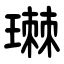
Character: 㻷